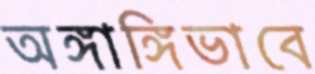
অঙ্গাঙ্গিভাবে